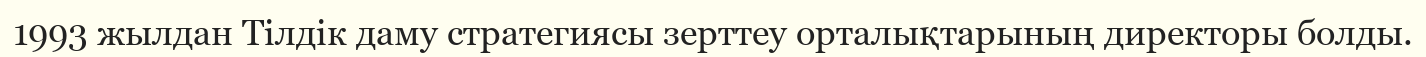
1993 жылдан Тілдік даму стратегиясы зерттеу орталықтарының директоры болды.